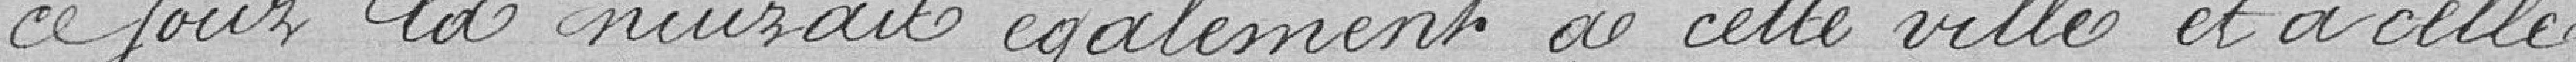
ce jour là nuirait également à cette ville et à celle